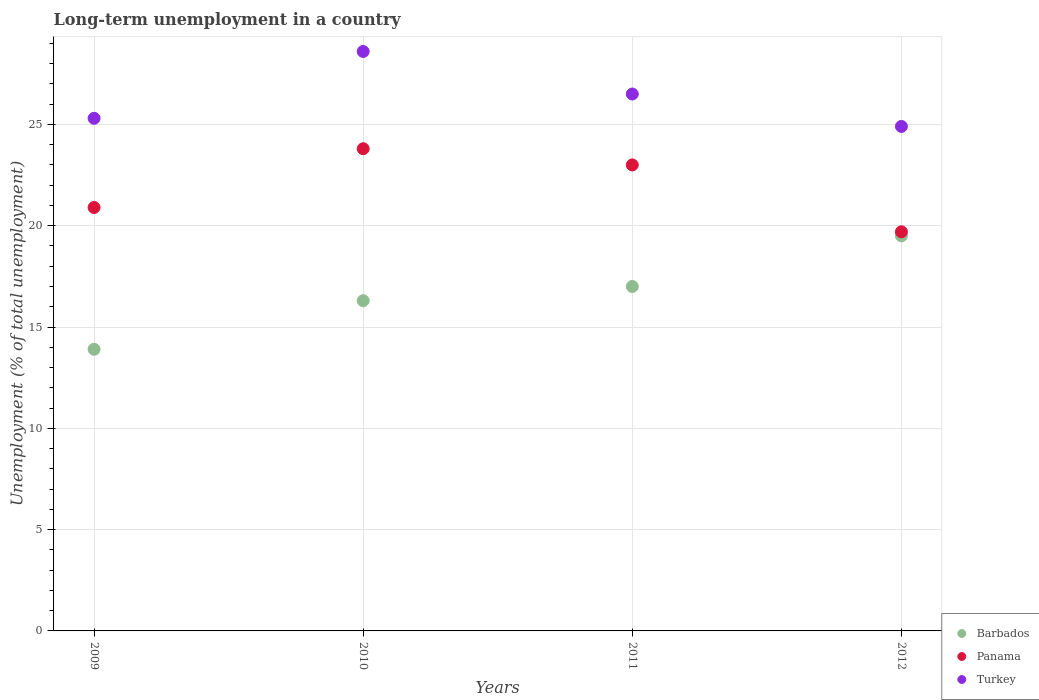
| Years | Barbados | Panama | Turkey |
 | --- | --- | --- | --- |
 | 2009 | 13.9 | 20.9 | 25.3 |
 | 2010 | 16.3 | 23.8 | 28.6 |
 | 2011 | 17 | 23 | 26.5 |
 | 2012 | 19.5 | 19.7 | 24.9 |